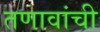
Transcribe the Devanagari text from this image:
तणावांची